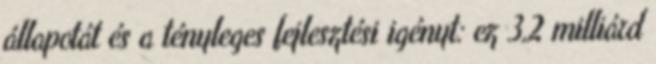
állapotát és a tényleges fejlesztési igényt: ez 3,2 milliárd